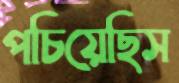
পচিয়েছিস